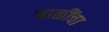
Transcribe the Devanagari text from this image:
चाळींचा